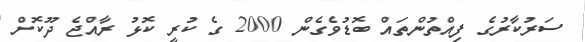
ސަރުކާރުގެ ފިއްތުންތައް ބޮޑުވެގެން 2000 ގެ ކުރީ ކޮޅު ރާއްޖެ ދޫކޮށް